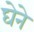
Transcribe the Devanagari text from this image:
घेने